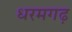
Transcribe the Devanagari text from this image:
धरमगढ़